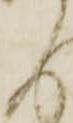
よ